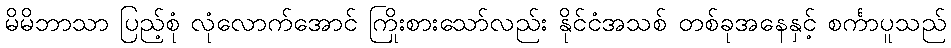
မိမိဘာသာ ပြည့်စုံ လုံလောက်အောင် ကြိုးစားသော်လည်း နိုင်ငံအသစ် တစ်ခုအနေနှင့် စင်္ကာပူသည်